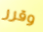
وقرر